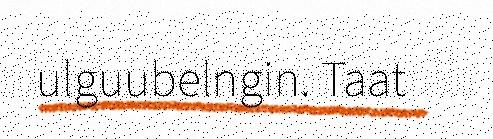
ulguubelngin. Taat